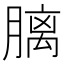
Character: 𪱩